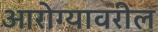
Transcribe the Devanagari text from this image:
आरोग्यावरील